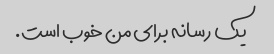
یک رسانه برای من خوب است.